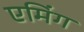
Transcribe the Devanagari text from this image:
एमिंग